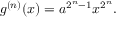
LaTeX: g ^ { ( n ) } ( x ) = a ^ { 2 ^ { n } - 1 } x ^ { 2 ^ { n } } . \,